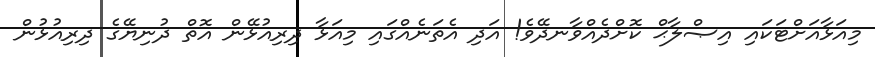
މިއަޅާއަށްޓަކައި އިޞްލާޙް ކޮށްދެއްވާނދޭވެ! އަދި އެތަނެއްގައި މިއަޅާ ދިރިއުޅޭން އޮތް ދުނިޔޭގެ ދިރިއުޅުން